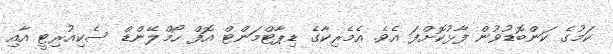
ކަމުގެ ކަންބޮޑުވުން ފާޅުކޮށްފަ އެވެ. އެމެރިކާގެ ޑިޕާޓްމަންޓް އޮފް ހޯމްލޭންޑް ސެކިއުރިޓީ އާއި